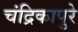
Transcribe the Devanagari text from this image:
चंद्रिकापुरे